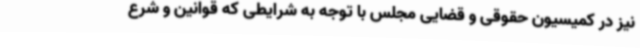
نیز در کمیسیون حقوقی و قضایی مجلس با توجه به شرایطی که قوانین و شرع